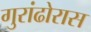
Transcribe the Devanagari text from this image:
गुरांढोरास